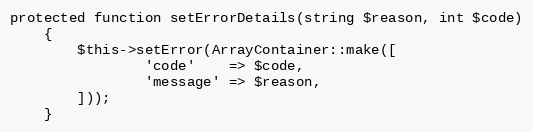
Language: PHP
protected function setErrorDetails(string $reason, int $code)
    {
        $this->setError(ArrayContainer::make([
                'code'    => $code,
                'message' => $reason,
        ]));
    }